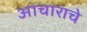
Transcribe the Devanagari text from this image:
आचाराचे